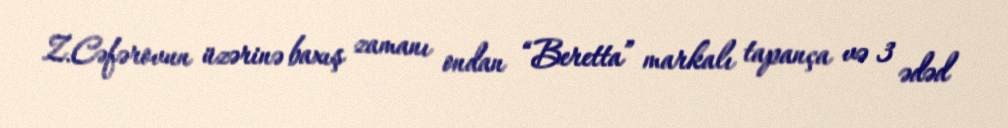
Z.Cəfərovun üzərinə baxış zamanı ondan “Beretta” markalı tapança və 3 ədəd